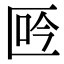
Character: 𠤾